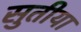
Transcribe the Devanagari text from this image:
सुतीया